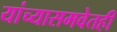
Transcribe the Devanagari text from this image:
यांच्यासमवेतही